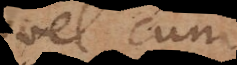
vel cum